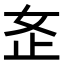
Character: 𫰏